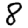
Digit: 8